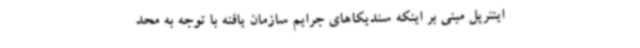
اینترپل مبنی بر اینکه سندیکاهای جرایم سازمان یافته با توجه به محد